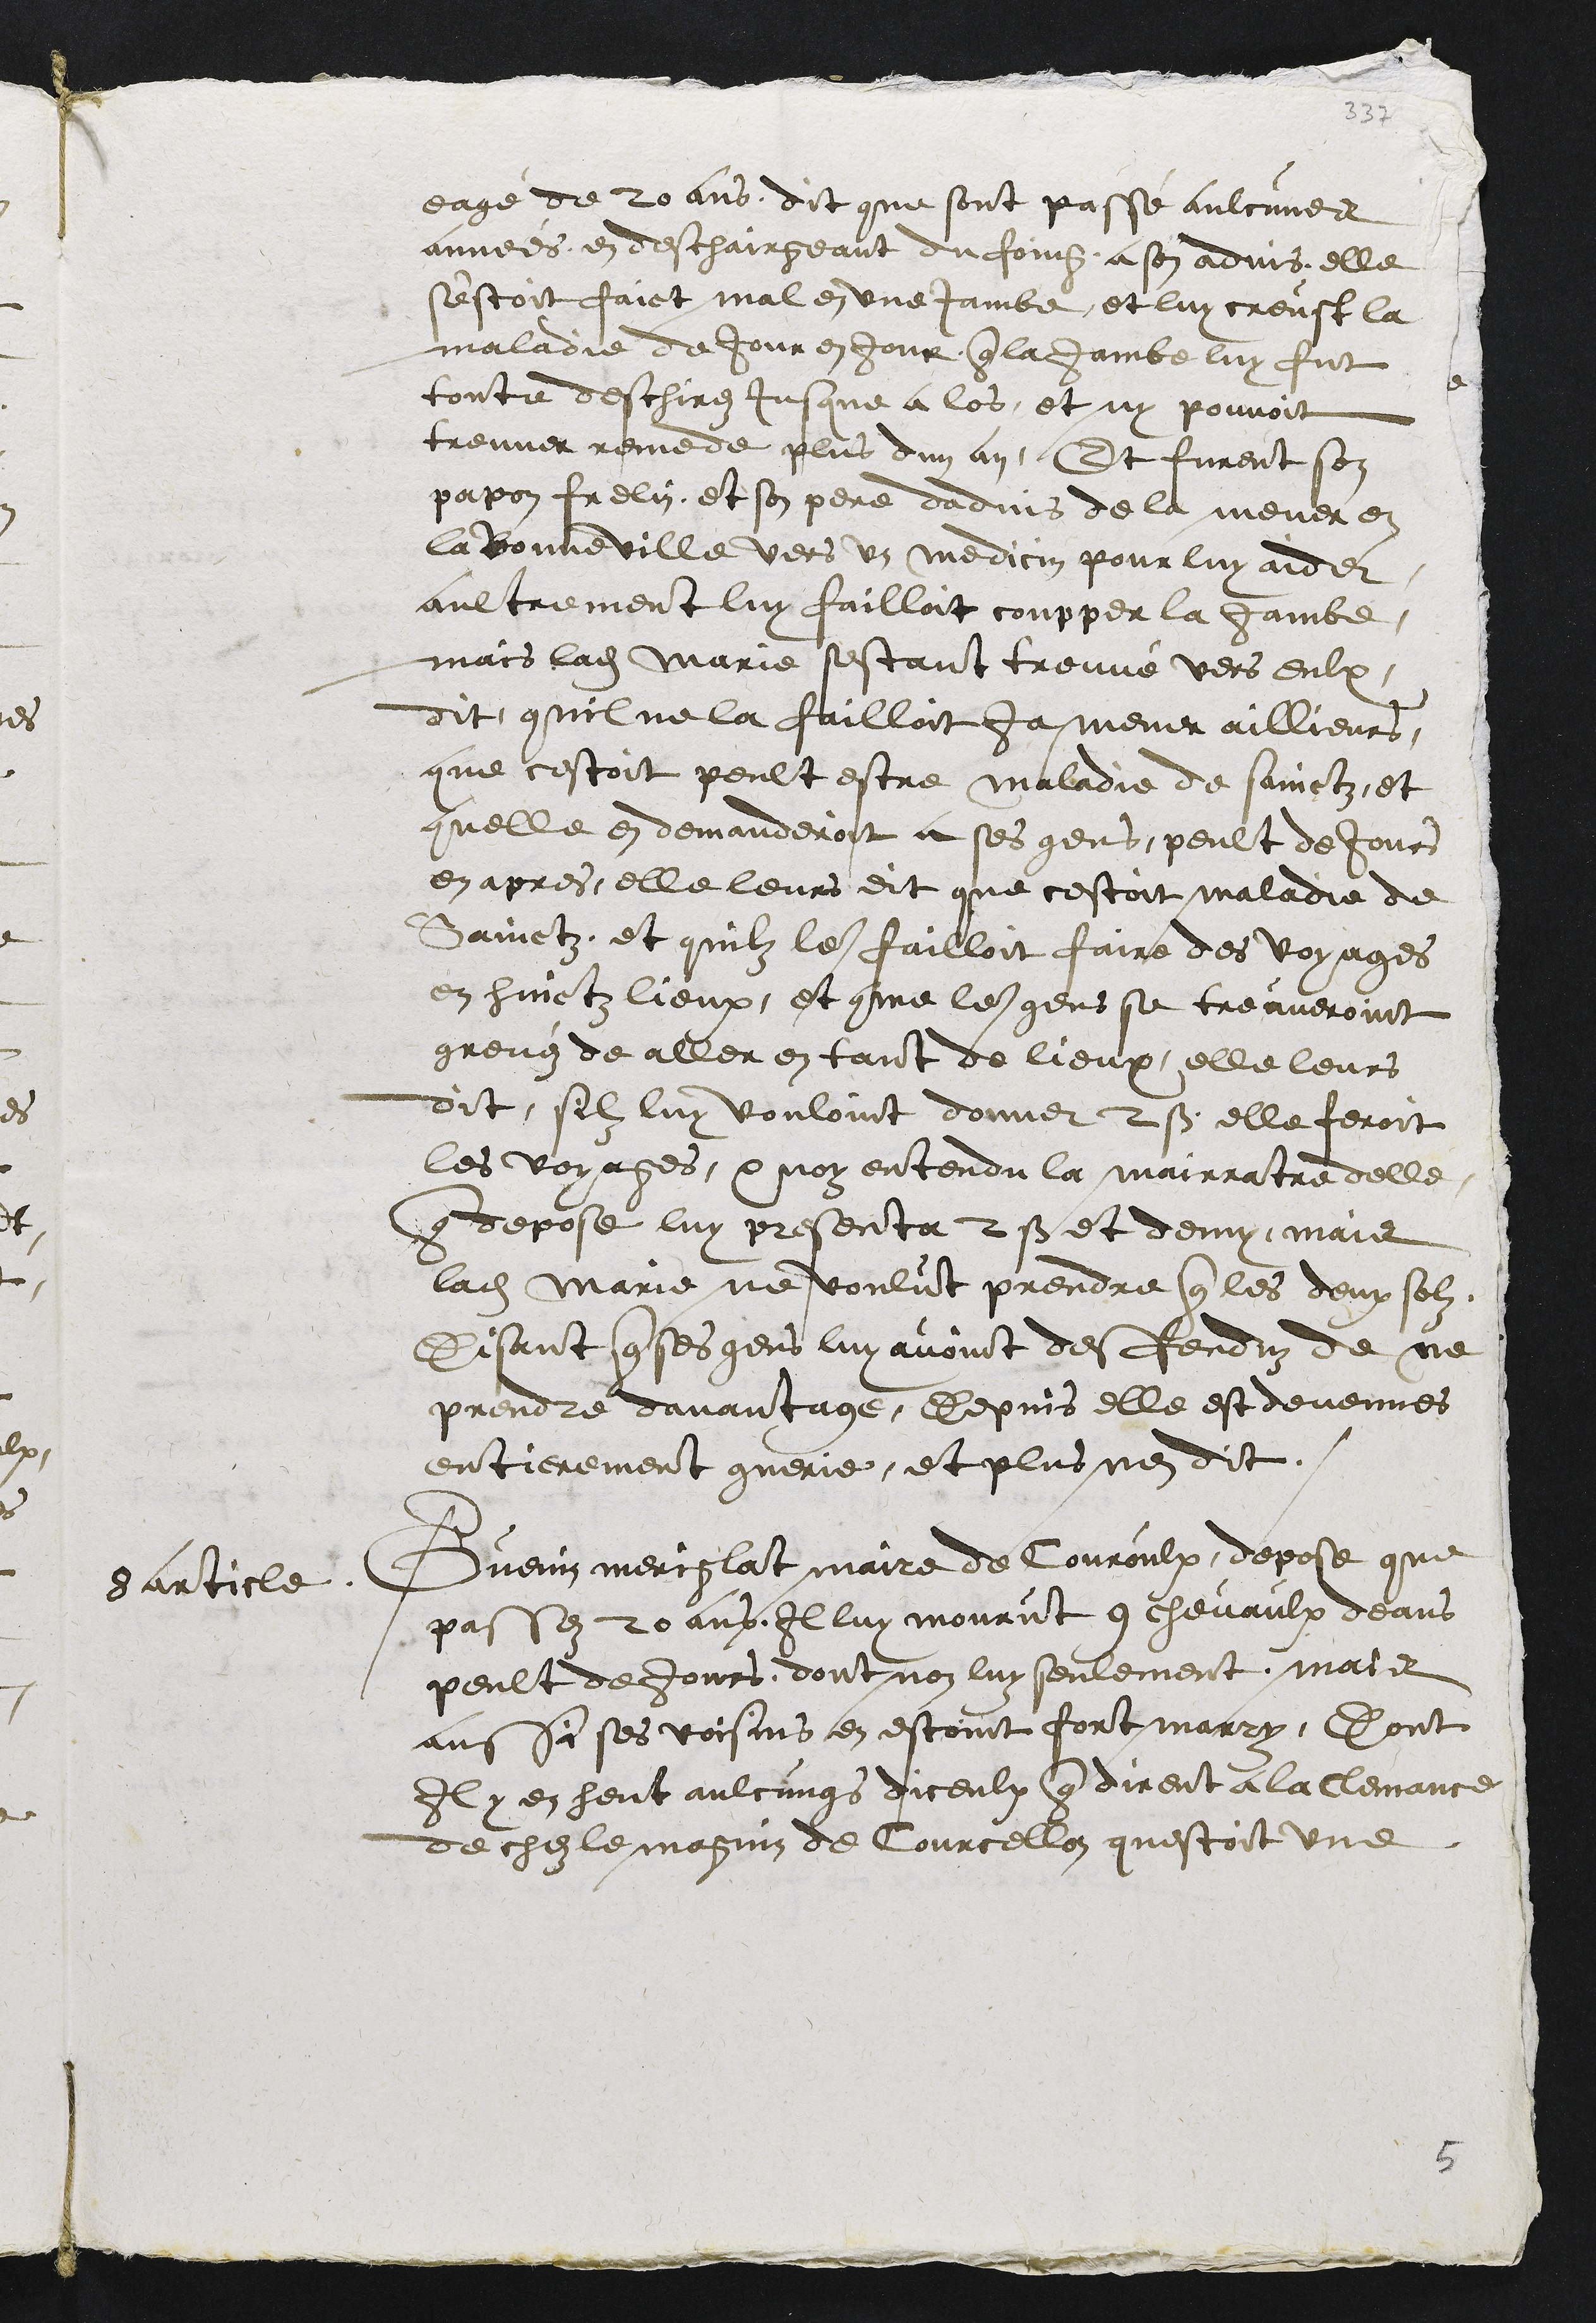
eagé de 20 ans, dit que sont passé aulcunes
annees en deschairgeant du foing a son advis, elle
s'estoit faict mal en une jambe, et luy creust la
maladie de jour en jour que la jambe luy fut
toute deschirez jusque a los, et ny pouvoit
treuver remede plus dun an, Et furent son
papon frelin, et son pere dadvis de la mener en
la Bonne Ville vers un medicin pour luy aider,
aultrement luy failloit coupper la jambe.
mais ladite Marie sestant treuvé vers eulx,
dit quil ne la failloit ja mener aillieurs
que cestoit peult estre maladie de Sainctz, et
quelle en demanderoit a ses gens, peult de jours
en apres elle leurs dit que cestoit maladie de
Sainctz, et quilz leur failloit faire des voyages
en huictz lieux, et comme les gens se trouveroint
grevéz de aller en tant de lieux elle leurs
dit, silz luy vouloint donner 2 s. elle feroit
les voyages, quoy entendu la mairratre delle
que depose luy presenta 2 s et demy, mais
ladite Marie ne voulut prendre que les deux solz
Disant que ses gens luy avoint desfenduz de ne
prendre davantage, Depuis elle est devenues
entierement guerie, et plus nen dit.
8 article.
Guenin meriglat maire de Couroulx depose que
passez 20 ans Il luy mourut 9 chevaulx deans
peult de jours, dont non luy seulement, mais
aussi ses voisins en estoint fort marry, dont
Il y en heut aulcungs diceulx que dirent a Clemance
de chez le magnin de Courcellon questoit une

5